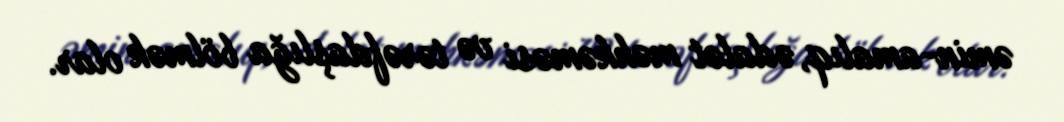
əmin-amalıq, ədalət məhkəməsi və tərəfdaşlığa bölmək olar.